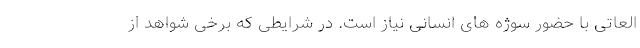
العاتی با حضور سوژه های انسانی نیاز است. در شرایطی که برخی شواهد از